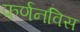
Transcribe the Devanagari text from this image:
फर्णनविस